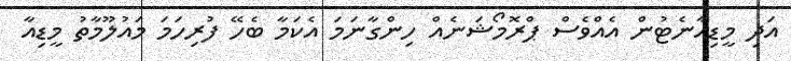
އަދި މީޑިއާނެޓުން އެއްވެސް ޕްރޮމޯޝަނެއް ހިންގާނަމަ އެކަމާ ބެހޭ ފުރިހަމަ މައުލޫމާތު މީޑިއާ